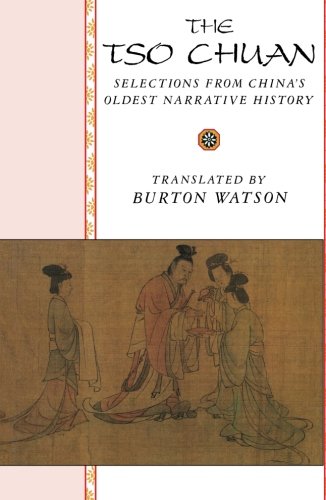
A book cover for The Tso Chuan; Religion & Spirituality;